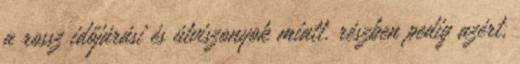
a rossz időjárási és útviszonyok miatt, részben pedig azért,